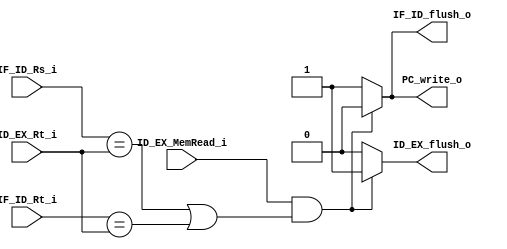
module  Hazard_Detection_Unit(ID_EX_MemRead_i, IF_ID_Rs_i, IF_ID_Rt_i, ID_EX_Rt_i, PC_write_o, IF_ID_flush_o, ID_EX_flush_o );
	input ID_EX_MemRead_i;
	input [4:0] IF_ID_Rs_i, IF_ID_Rt_i, ID_EX_Rt_i;
	output reg PC_write_o, IF_ID_flush_o, ID_EX_flush_o;
	always@(ID_EX_MemRead_i, IF_ID_Rs_i, IF_ID_Rt_i, ID_EX_Rt_i)
	begin
		if(ID_EX_MemRead_i == 1'b1 && ((IF_ID_Rs_i == ID_EX_Rt_i) || (IF_ID_Rt_i == ID_EX_Rt_i)))
		begin
			PC_write_o <= 1'b0; 
			IF_ID_flush_o <= 1'b0;
			ID_EX_flush_o <= 1'b1;
		end
		else begin
			PC_write_o <= 1'b1;
			IF_ID_flush_o <= 1'b1;
			ID_EX_flush_o <= 1'b0;
		end
	end

endmodule